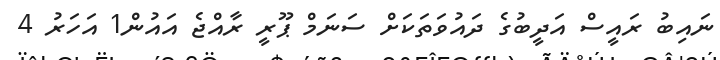
ނައިބު ރައީސް އަދީބުގެ ދައުވަތަކަށް ސަނަމް ޕޫރީ ރާއްޖެ އައުން1 އަހަރު 4